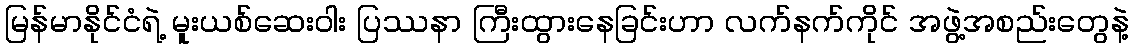
မြန်မာနိုင်ငံရဲ့ မူးယစ်ဆေးဝါး ပြဿနာ ကြီးထွားနေခြင်းဟာ လက်နက်ကိုင် အဖွဲ့အစည်းတွေနဲ့